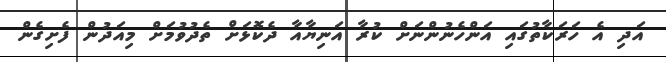
އަދި އެ ހަރަކާތުގައި އަންހެނުންނަށް ކުރާ އަނިޔާއާ ދެކޮޅަށް ތެދުވުމަށް މިއަދުން ފެށިގެން